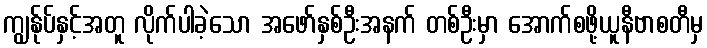
ကျွန်ုပ်နှင့်အတူ လိုက်ပါခဲ့သော အဖော်နှစ်ဦးအနက် တစ်ဦးမှာ အောက်စဖို့ယူနီဗာစတီမှ